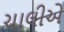
ચાલીએ